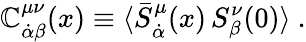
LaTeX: \mathbb{C}_{\dot{{\alpha}}\beta}^{\mu\nu}(x)\equiv\langle\bar{{S}}_{\dot{{\alpha}}}^{\mu}(x)\, S_{\beta}^{\nu}(0)\rangle\ .